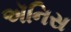
ઍનિસ